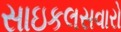
સાઇકલસવારો